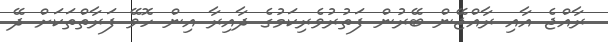
ރާއްޖެ އާއި ރާއްޖޭން ބޭރުން ފަތުރުވެރިކަމުގެ ދާއިރާ އިން ހޮވޭ ފަރާތްތަކަށް ދޭ